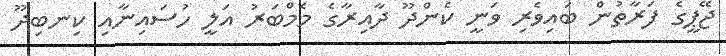
ޖޭޕީގެ ފަރާތުން ބައިވެރި ވަނީ ކެންދޫ ދާއިރާގެ މެމްބަރު އަލީ ހުސައިނާއި ކިނބިދޫ